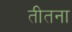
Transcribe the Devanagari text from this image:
तीतना